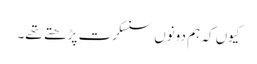
کیوں کہ ہم دونوں سنسکرت پڑھتے تھے۔